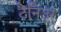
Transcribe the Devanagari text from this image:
टैनिउर